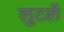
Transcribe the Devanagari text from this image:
लुटलें